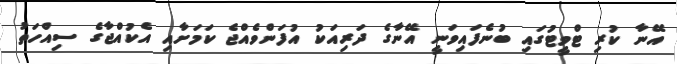
އޭނާ ކުރި ޓްވީޓުގައި ބުނެފައިވަނީ އޭނާގެ ދަރިއަކު އުފަންވެއްޖެ ކަމަށާއި އެކުއްޖާގެ ސިއްހަތު